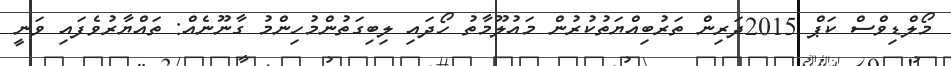
މޯލްޑިވްސް ކަޕް 2015ދަރިން ތަރުބިއްޔަތުކުރުން މައުލޫމާތު ހޯދައި ލިބިގަތުންމުހިންމު ގާނޫނެއް: ތައްޔާރުވެފައި ވަނީ